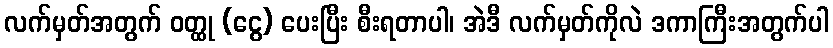
လက်မှတ်အတွက် ဝတ္ထု (ငွေ) ပေးပြီး စီးရတာပါ၊ အဲဒီ လက်မှတ်ကိုလဲ ဒကာကြီးအတွက်ပါ